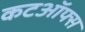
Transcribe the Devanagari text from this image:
कटऑफ्स